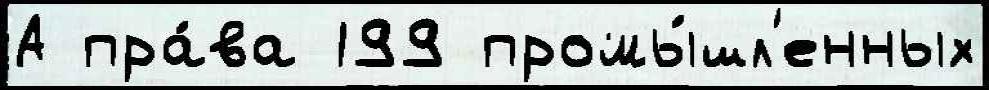
А пра́ва 199 промы́шл'енных